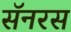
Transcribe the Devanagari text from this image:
सॅनरस